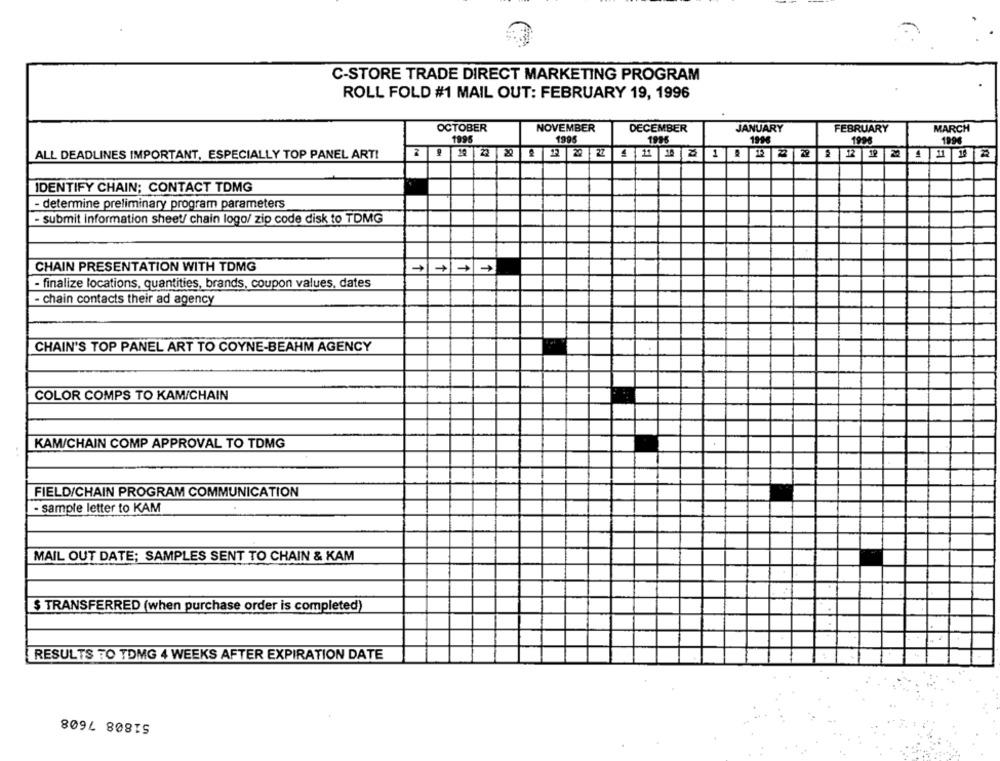
C-STORE TRADE DIRECT MARKETING PROGRAM
ROLL FOLD #1 MAIL OUT: FEBRUARY 19, 1996
OCTOBER
NOVEMBER
DECEMBER
JANUARY
FEBRUARY
MARCH
1996
1995
1996
1996
1996
1994
ALL DEADLINES IMPORTANT, ESPECIALLY TOP PANEL ART!
10 22 22 2 12 20 27 4 14 14 22 1 2 R 28 22
IDENTIFY CHAIN; CONTACT TOMG
- determine preliminary program parameters
- submit information sheet/ chain logo/ zip code disk to TDMG
CHAIN PRESENTATION WITH TDMG
- finalize locations, quantities, brands, coupon values, dates
- chain contacts their ad agency
CHAIN'S TOP PANEL ART TO COYNE-BEAHM AGENCY
COLOR COMPS TO KAM/CHAIN
KAM/CHAIN COMP APPROVAL TO TDMG
FIELD/CHAIN PROGRAM COMMUNICATION
- sample letter to KAM
MAIL OUT DATE; SAMPLES SENT TO CHAIN & KAM
$ TRANSFERRED (when purchase order is completed)
RESULTS TO TDMG 4 WEEKS AFTER EXPIRATION DATE
51808 7608